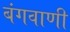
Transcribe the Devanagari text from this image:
बंगवाणी